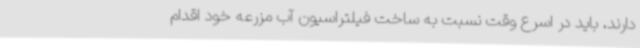
دارند، باید در اسرع وقت نسبت به ساخت فیلتراسیون آب مزرعه خود اقدام